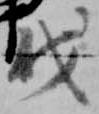
伐